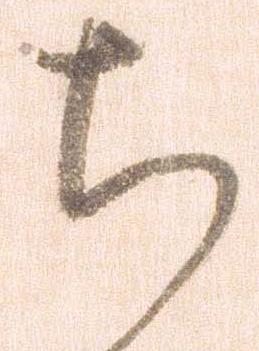
ち